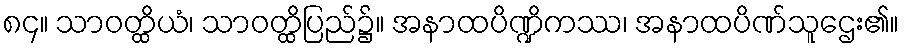
၈၄။ သာဝတ္ထိယံ၊ သာဝတ္ထိပြည်၌။ အနာထပိဏ္ဍိကဿ၊ အနာထပိဏ်သူဌေး၏။